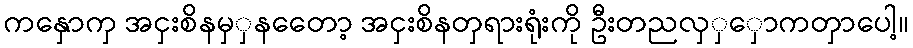
ကနှောကှ အငှးစိနမှှနတေော့ အငှးစိနတှရားရုံးကို ဦးတညလှှှောကတှာပေါ့။